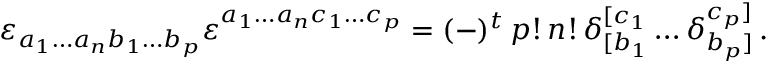
\varepsilon _ { a _ { 1 } \ldots a _ { n } b _ { 1 } \ldots b _ { p } } \varepsilon ^ { a _ { 1 } \ldots a _ { n } c _ { 1 } \ldots c _ { p } } = ( - ) ^ { t } \, p ! \, n ! \, \delta _ { [ b _ { 1 } } ^ { [ c _ { 1 } } \ldots \delta _ { b _ { p } ] } ^ { c _ { p } ] } \, .